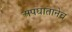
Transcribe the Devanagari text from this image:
अपघातानेच